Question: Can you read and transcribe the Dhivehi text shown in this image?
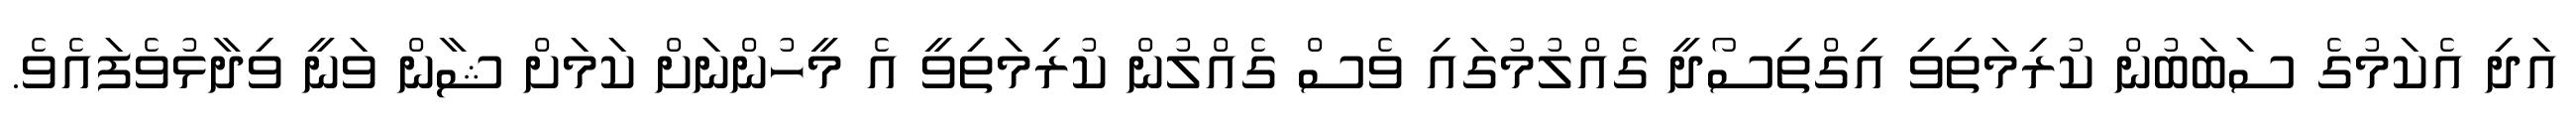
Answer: އަދި އެކަމުގެ ސަބަބުން ކުރިމަތިވި އިގްތިސޯދީ ގެއްލުމުގައި ވެސް ގެއްލުން ކުރިމަތިވީ އެ މީހުންނަށް ކަމަށް ޝާން ވަނީ ވިދާޅުވެފައެވެ.